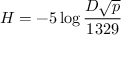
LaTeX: H = - 5 \log { \frac { D { \sqrt { p } } } { 1 3 2 9 } }